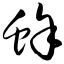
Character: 蜍